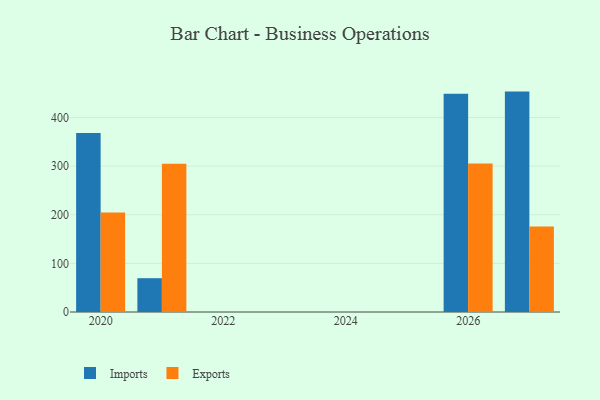
{"axis": {"x": "Year", "y": "Operating Costs (USD K)"}, "legend": ["Exports", "Imports"], "data": [{"x": "2026", "y": 448.8, "type": "Imports"}, {"x": "2026", "y": 305.2, "type": "Exports"}, {"x": "2020", "y": 368.1, "type": "Imports"}, {"x": "2020", "y": 204.6, "type": "Exports"}, {"x": "2021", "y": 69.5, "type": "Imports"}, {"x": "2021", "y": 304.7, "type": "Exports"}, {"x": "2027", "y": 453.3, "type": "Imports"}, {"x": "2027", "y": 175.7, "type": "Exports"}]}